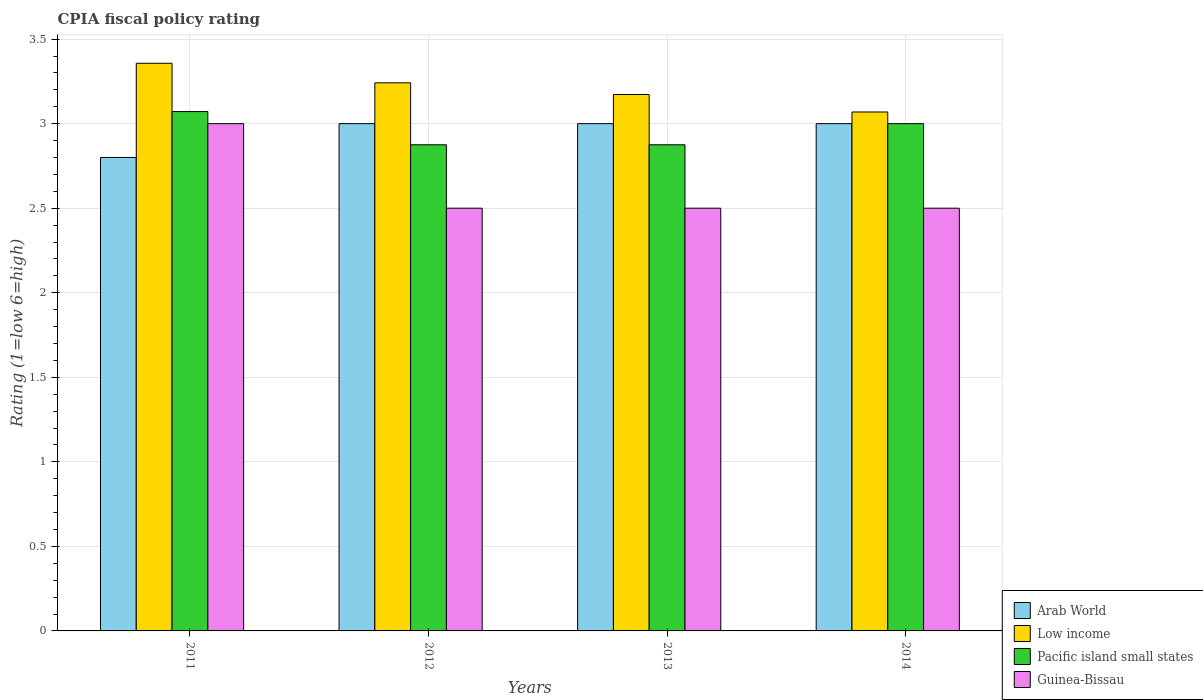
| Years | Arab World | Low income | Pacific island small states | Guinea-Bissau |
 | --- | --- | --- | --- | --- |
 | 2011 | 2.8 | 3.36 | 3.07 | 3 |
 | 2012 | 3 | 3.24 | 2.88 | 2.5 |
 | 2013 | 3 | 3.17 | 2.88 | 2.5 |
 | 2014 | 3 | 3.07 | 3 | 2.5 |